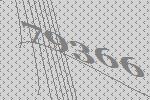
79366